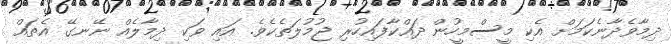
ދިމާވެދާނެކަމަށް އެކި މީސްމީހުން ދައްކާފައިހުރި ޖުމުލަތެކެވެ. އައި ވަކި ދިމާލެއް ނޭނގޭ އެތައް